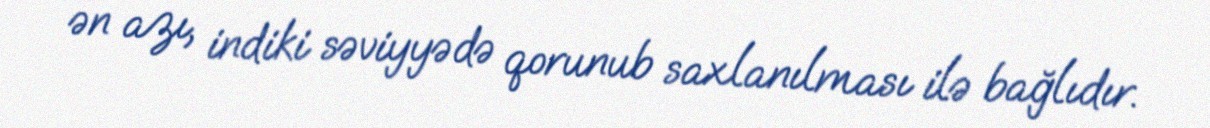
ən azı, indiki səviyyədə qorunub saxlanılması ilə bağlıdır.